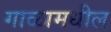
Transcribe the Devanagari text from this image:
गाळामधील